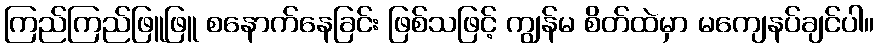
ကြည်ကြည်ဖြူဖြူ စနောက်နေခြင်း ဖြစ်သဖြင့် ကျွန်မ စိတ်ထဲမှာ မကျေနပ်ချင်ပါ။